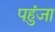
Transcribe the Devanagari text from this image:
पहुंजा